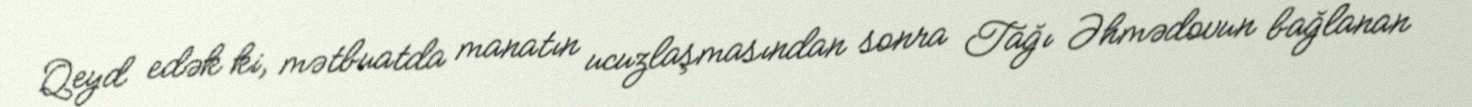
Qeyd edək ki, mətbuatda manatın ucuzlaşmasından sonra Tağı Əhmədovun bağlanan